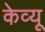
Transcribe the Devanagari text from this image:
केव्यू